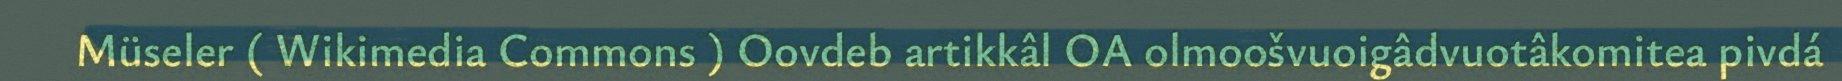
Müseler ( Wikimedia Commons ) Oovdeb artikkâl OA olmoošvuoigâdvuotâkomitea pivdá